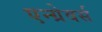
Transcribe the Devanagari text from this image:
एन्ग्रेवर्स